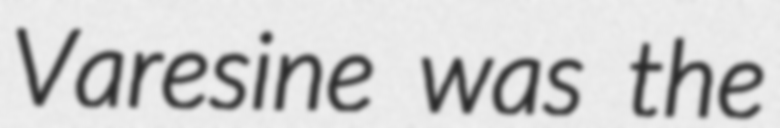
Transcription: Varesine was the